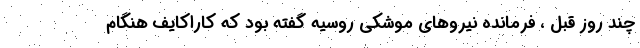
چند روز قبل ، فرمانده نیرو‌های موشکی روسیه گفته بود که کاراکایف هنگام